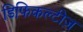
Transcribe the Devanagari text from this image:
डिफिकल्टीज़